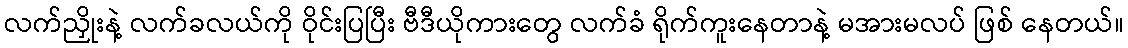
လက်ညှိုးနဲ့ လက်ခလယ်ကို ဝိုင်းပြပြီး ဗီဒီယိုကားတွေ လက်ခံ ရိုက်ကူးနေတာနဲ့ မအားမလပ် ဖြစ် နေတယ်။